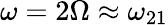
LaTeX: \omega=2\Omega\approx\omega_{21}